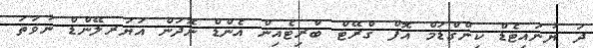
ދަ ޔުނައިޓެޑް ކިންގްޑަމް އޮފް ގްރޭޓް ބްރިޓެއިން އެންޑް ނޮދަން އަޔަރލޭންޑް ނުވަތަ